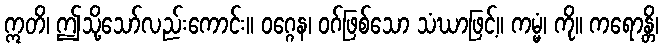
ဣတိ၊ ဤသို့သော်လည်းကောင်း။ ဝဂ္ဂေန၊ ဝဂ်ဖြစ်သော သံဃာဖြင့်။ ကမ္မံ၊ ကို။ ကရောန္တိ၊